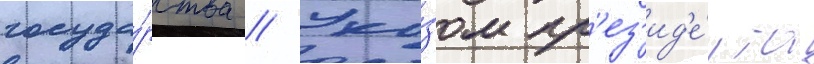
госуда́рства // Ука́зом пр'ез'ид'е́нта